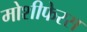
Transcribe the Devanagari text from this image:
मोशीफेरस